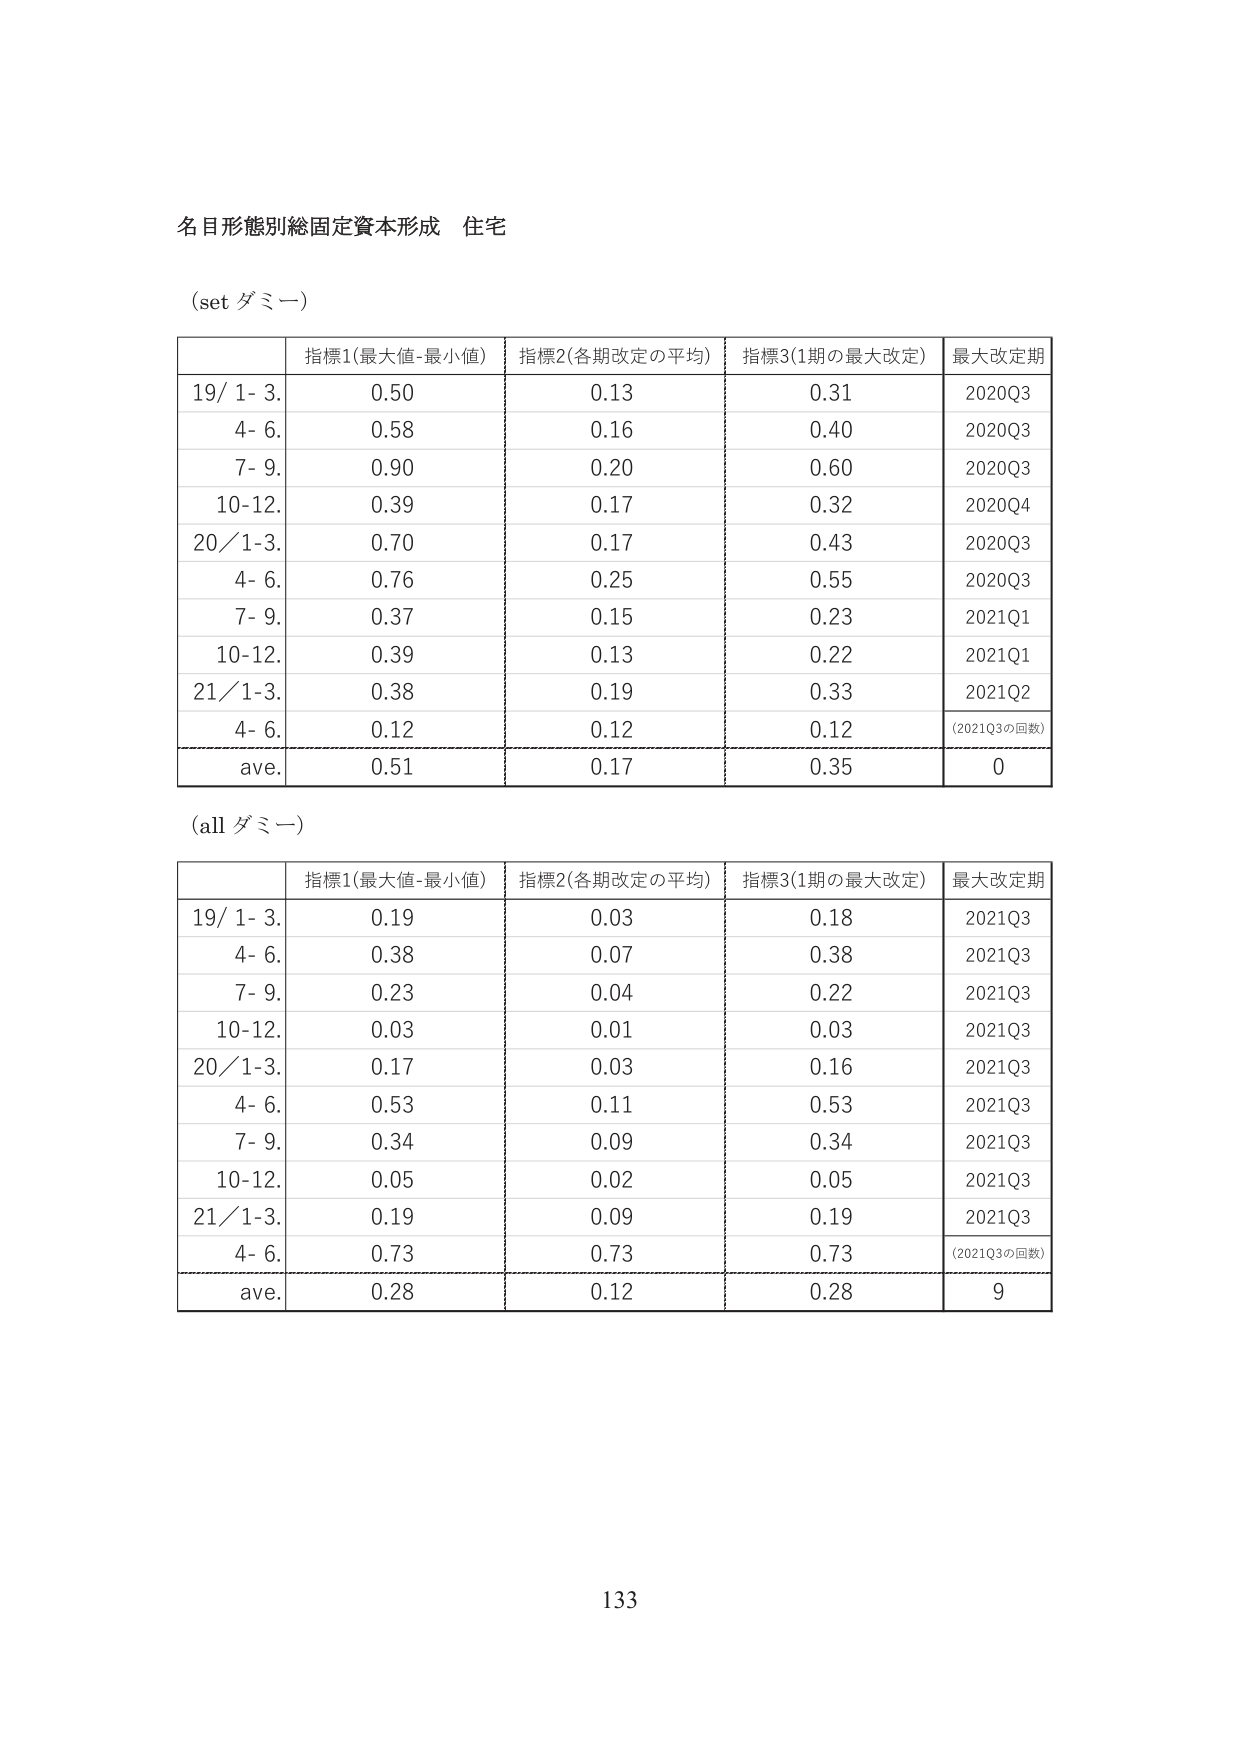
名目形態別総固定資本形成 住宅

(set ダミー)

| | 指標1(最大値-最小値) | 指標2(各期改定の平均) | 指標3(1期の最大改定) | 最大改定期 |
|---|---|---|---|---|
| 19/ 1- 3. | 0.50 | 0.13 | 0.31 | 2020Q3 |
| 4- 6. | 0.58 | 0.16 | 0.40 | 2020Q3 |
| 7- 9. | 0.90 | 0.20 | 0.60 | 2020Q3 |
| 10-12. | 0.39 | 0.17 | 0.32 | 2020Q4 |
| 20/ 1-3. | 0.70 | 0.17 | 0.43 | 2020Q3 |
| 4- 6. | 0.76 | 0.25 | 0.55 | 2020Q3 |
| 7- 9. | 0.37 | 0.15 | 0.23 | 2021Q1 |
| 10-12. | 0.39 | 0.13 | 0.22 | 2021Q1 |
| 21/ 1-3. | 0.38 | 0.19 | 0.33 | 2021Q2 |
| 4- 6. | 0.12 | 0.12 | 0.12 | (2021Q3の回数) |
| ave. | 0.51 | 0.17 | 0.35 | 0 |

(all ダミー)

| | 指標1(最大値-最小値) | 指標2(各期改定の平均) | 指標3(1期の最大改定) | 最大改定期 |
|---|---|---|---|---|
| 19/ 1- 3. | 0.19 | 0.03 | 0.18 | 2021Q3 |
| 4- 6. | 0.38 | 0.07 | 0.38 | 2021Q3 |
| 7- 9. | 0.23 | 0.04 | 0.22 | 2021Q3 |
| 10-12. | 0.03 | 0.01 | 0.03 | 2021Q3 |
| 20/ 1-3. | 0.17 | 0.03 | 0.16 | 2021Q3 |
| 4- 6. | 0.53 | 0.11 | 0.53 | 2021Q3 |
| 7- 9. | 0.34 | 0.09 | 0.34 | 2021Q3 |
| 10-12. | 0.05 | 0.02 | 0.05 | 2021Q3 |
| 21/ 1-3. | 0.19 | 0.09 | 0.19 | 2021Q3 |
| 4- 6. | 0.73 | 0.73 | 0.73 | (2021Q3の回数) |
| ave. | 0.28 | 0.12 | 0.28 | 9 |

133